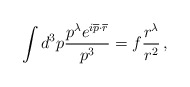
\begin{align*}\int d^3p \frac{p^\lambda e^{i\overline{p} \cdot \overline{r} }}{p^3} = f \frac{r^\lambda}{r^2} \, ,\end{align*}